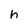
Character: h